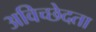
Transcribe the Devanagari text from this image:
अविच्छेदता